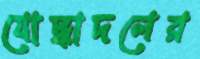
যোদ্ধাদলের